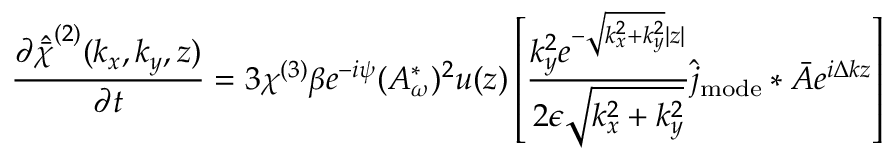
\frac { \partial \hat { \bar { \chi } } ^ { ( 2 ) } ( k _ { x } , k _ { y } , z ) } { \partial t } = 3 \chi ^ { ( 3 ) } \beta e ^ { - i \psi } ( A _ { \omega } ^ { * } ) ^ { 2 } u ( z ) \left[ \frac { k _ { y } ^ { 2 } e ^ { - \sqrt { k _ { x } ^ { 2 } + k _ { y } ^ { 2 } } | z | } } { 2 \epsilon \sqrt { k _ { x } ^ { 2 } + k _ { y } ^ { 2 } } } \hat { j } _ { \mathrm { m o d e } } \ast \bar { A } e ^ { i \Delta k z } \right]